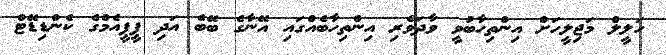
ހަލީލް މަޖިލީހަށް އިންތިހާބުވީ ވާދަވެރި އިންތިހާބެއްގައި އޭނާގެ ބޭބެ އަދި ޕީޕީއެމްގެ ކެންޑިޑޭޓް